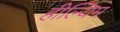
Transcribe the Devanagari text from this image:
हील्यिम